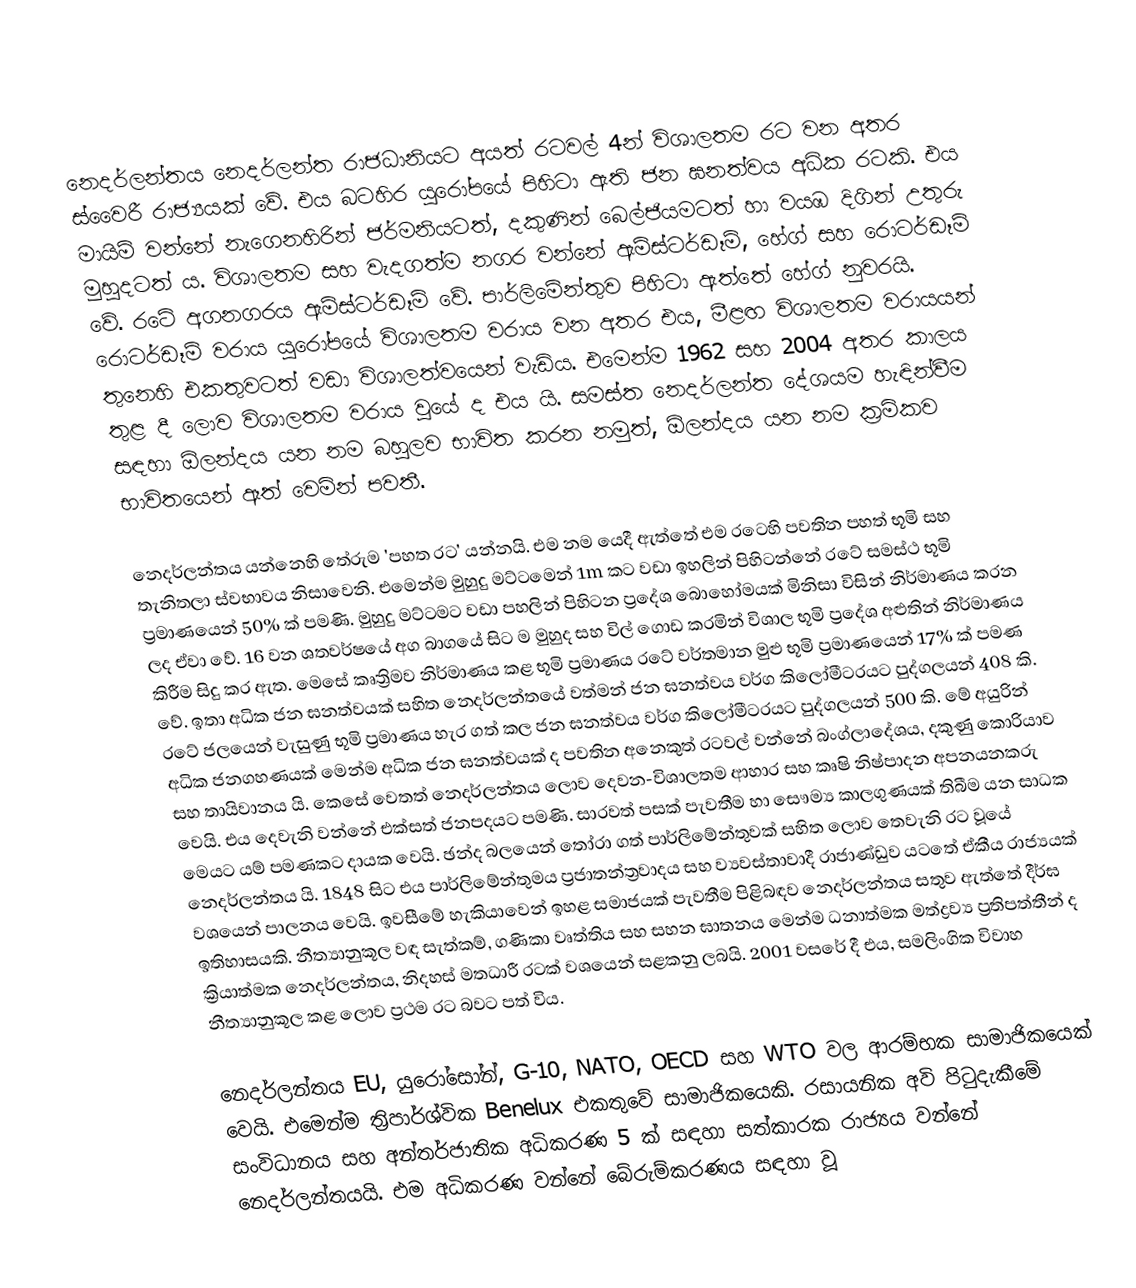
නෙදර්ලන්තය  නෙදර්ලන්ත රාජධානිය‍ට අයත් රටවල් 4න් විශාලතම රට වන අතර ස්වෛරී රාජ්‍යයක් වේ. එය බටහිර යුරෝපයේ පිහිටා ඇති ජන ඝනත්වය අධික රටකි. එය මායිම් වන්නේ නැගෙනහිරින් ජර්මනියටත්, දකුණින් බෙල්ජියමටත් හා වයඹ දිගින් උතුරු මුහුදටත් ය. විශාලතම සහ වැදගත්ම නගර වන්නේ ඇම්ස්ටර්ඩෑම්, හේග් සහ රොටර්ඩෑම් වේ. රටේ අගනගරය ඇම්ස්ටර්ඩෑම් වේ. පාර්ලිමේන්තුව පිහිටා ඇත්තේ හේග් නුවරයි. රොටර්ඩෑම් වරාය යුරෝපයේ විශාලතම වරාය වන අතර එය, මීළඟ විශාලතම වරායයන් තුනෙහි එකතුවටත් වඩා විශාලත්වයෙන් වැඩිය. එමෙන්ම 1962 සහ 2004 අතර කාලය තුළ දී ලොව විශාලතම වරාය වූයේ ද එය යි. සමස්ත නෙදර්ලන්ත දේශයම හැඳින්වීම සඳහා ඕලන්දය යන නම බහුලව භාවිත කරන නමුත්, ඕලන්දය යන නම ක්‍රමිකව භාවිතයෙන් ඈත් ‌වෙමින් පවතී.

නෙදර්ලන්තය යන්නෙහි තේරුම 'පහත රට' යන්නයි. එම නම යෙදී ඇත්තේ එම රටෙහි පවතින පහත් භූමි සහ තැනිතලා ස්වභාවය නිසාවෙනි. එමෙන්ම මුහුදු මට්ටමෙන් 1m කට වඩා ඉහලින් පිහිටන්නේ රටේ සමස්ථ භූමි ප්‍රමාණයෙන් 50% ක් පමණි. මුහුදු මට්ටමට වඩා පහලින් පිහිටන ප්‍රදේශ බොහෝමයක් මිනිසා විසින් නිර්මාණය කරන ලද ඒවා වේ. 16 වන ශතවර්ෂයේ අග බාගයේ සිට ම මුහුද සහ විල් ගොඩ කරමින් විශාල භූමි ප්‍රදේශ අළුතින් නිර්මාණය කිරීම සිදු කර ඇත. මෙසේ කෘත්‍රිමව නිර්මාණය කළ භූමි ප්‍රමාණය රටේ වර්තමාන මුළු භූමි ප්‍රමාණයෙන් 17% ක් පමණ වේ. ඉතා අධික ජන ඝනත්වයක් සහිත නෙදර්ලන්තයේ වත්මන් ජන ඝනත්වය වර්ග කිලෝමීටරයට පුද්ගලයන් 408 කි. රටේ ජලයෙන් වැසුණු භූමි ප්‍රමාණය හැර ගත් කල ජන ඝනත්වය වර්ග කිලෝමීටරයට පුද්ගලයන් 500 කි. මේ අයුරින් අධික ජනගහණයක් මෙන්ම අධික ජන ඝනත්වයක් ද පවතින අනෙකුත් රටවල් වන්නේ බංග්ලාදේශය, දකුණු කොරියාව සහ තායිවානය යි. කෙසේ වෙතත් නෙදර්ලන්තය ලොව දෙවන-විශාලතම ආහාර සහ කෘෂි නිෂ්පාදන අපනයනකරු වෙයි. එය දෙවැනි වන්නේ එක්සත් ජනපදයට පමණි. සාරවත් පසක් පැවතීම හා සෞම්‍ය කාලගුණයක් තිබීම යන සාධක මෙයට යම් පමණකට දායක වෙයි. ඡන්ද බලයෙන් තෝරා ගත් පාර්ලිමේන්තුවක් සහිත ලොව තෙවැනි රට වූයේ නෙදර්ලන්තය යි. 1848 සිට එය පාර්ලිමේන්තුමය ප්‍රජාතන්ත්‍රවාදය සහ ව්‍යවස්තාවාදී රාජාණ්ඩුව යටතේ ඒකීය රාජ්‍යයක් වශයෙන් පාලනය වෙයි. ඉවසීමේ හැකියාවෙන් ඉහළ සමාජයක් පැවතීම පිළිබඳව නෙදර්ලන්තය සතුව ඇත්තේ දීර්ඝ ඉතිහාසයකි. නීත්‍යානුකූල වඳ සැත්කම්, ගණිකා වෘත්තිය සහ සහන ඝාතනය මෙන්ම ධනාත්මක මත්ද්‍රව්‍ය ප්‍රතිපත්තීන් ද ක්‍රියාත්මක නෙදර්ලන්තය, නිදහස් මතධාරී රටක් වශයෙන් සළකනු ලබයි. 2001 වසරේ දී එය, සමලිංගික විවාහ නීත්‍යානුකූල කළ ලොව ප්‍රථම රට බවට පත් විය.

නෙදර්ලන්තය EU, යුරෝසෝන්, G-10, NATO, OECD සහ WTO වල ආරම්භක සාමාජිකයෙක් වෙයි. එමෙන්ම ත්‍රිපාර්ශ්වික Benelux එකතුවේ සාමාජිකයෙකි. රසායනික අවි පිටුදැකීමේ සංවිධානය සහ අන්තර්ජාතික අධිකරණ 5 ක් සඳහා සත්කාරක රාජ්‍යය වන්නේ නෙදර්ලන්තයයි. එම අධිකරණ වන්නේ බේරුම්කරණය සඳහා වූ